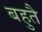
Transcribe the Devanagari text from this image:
बहुतै